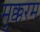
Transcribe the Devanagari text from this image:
मुक्करम